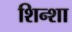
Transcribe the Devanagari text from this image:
शिन्शा